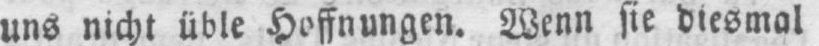
uns nicht üble Hoffnungen. Wenn sie diesmal